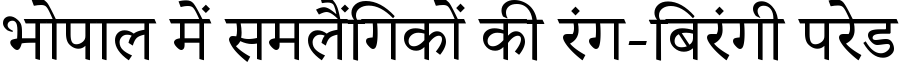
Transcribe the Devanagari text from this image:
भोपाल में समलैंगिकों की रंग-बिरंगी परेड